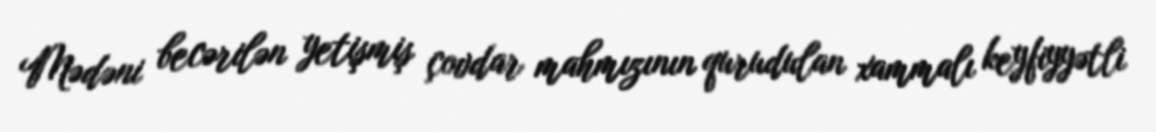
Mədəni becərilən yetişmiş çovdar mahmızının qurudulan xammalı keyfiyyətli